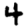
Digit: 4